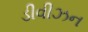
ડીવીઝન